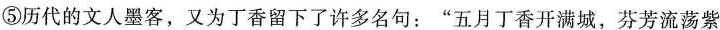
⑤历代的文人墨客，又为丁香留下了许多名句：”五月丁香开满城，芬芳流荡紫